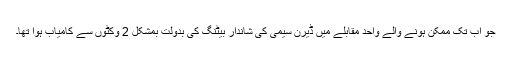
جو اب تک ممکن ہونے والے واحد مقابلے میں ڈیرن سیمی کی شاندار بیٹنگ کی بدولت بمشکل 2 وکٹوں سے کامیاب ہوا تھا۔